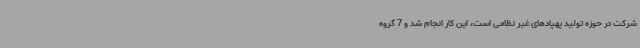
شرکت در حوزه تولید پهپادهای غیر نظامی است، این کار انجام شد و 7 گروه